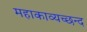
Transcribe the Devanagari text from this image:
महाकाव्यच्छन्द